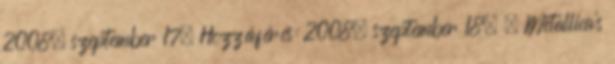
2008. szeptember 17. Hozzáférés: 2008. szeptember 18. ↑ Metallica's